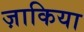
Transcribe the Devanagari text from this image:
ज़ाकिया